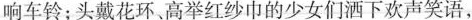
响车铃；头戴花环、高举红纱巾的少女们洒下欢声笑语，